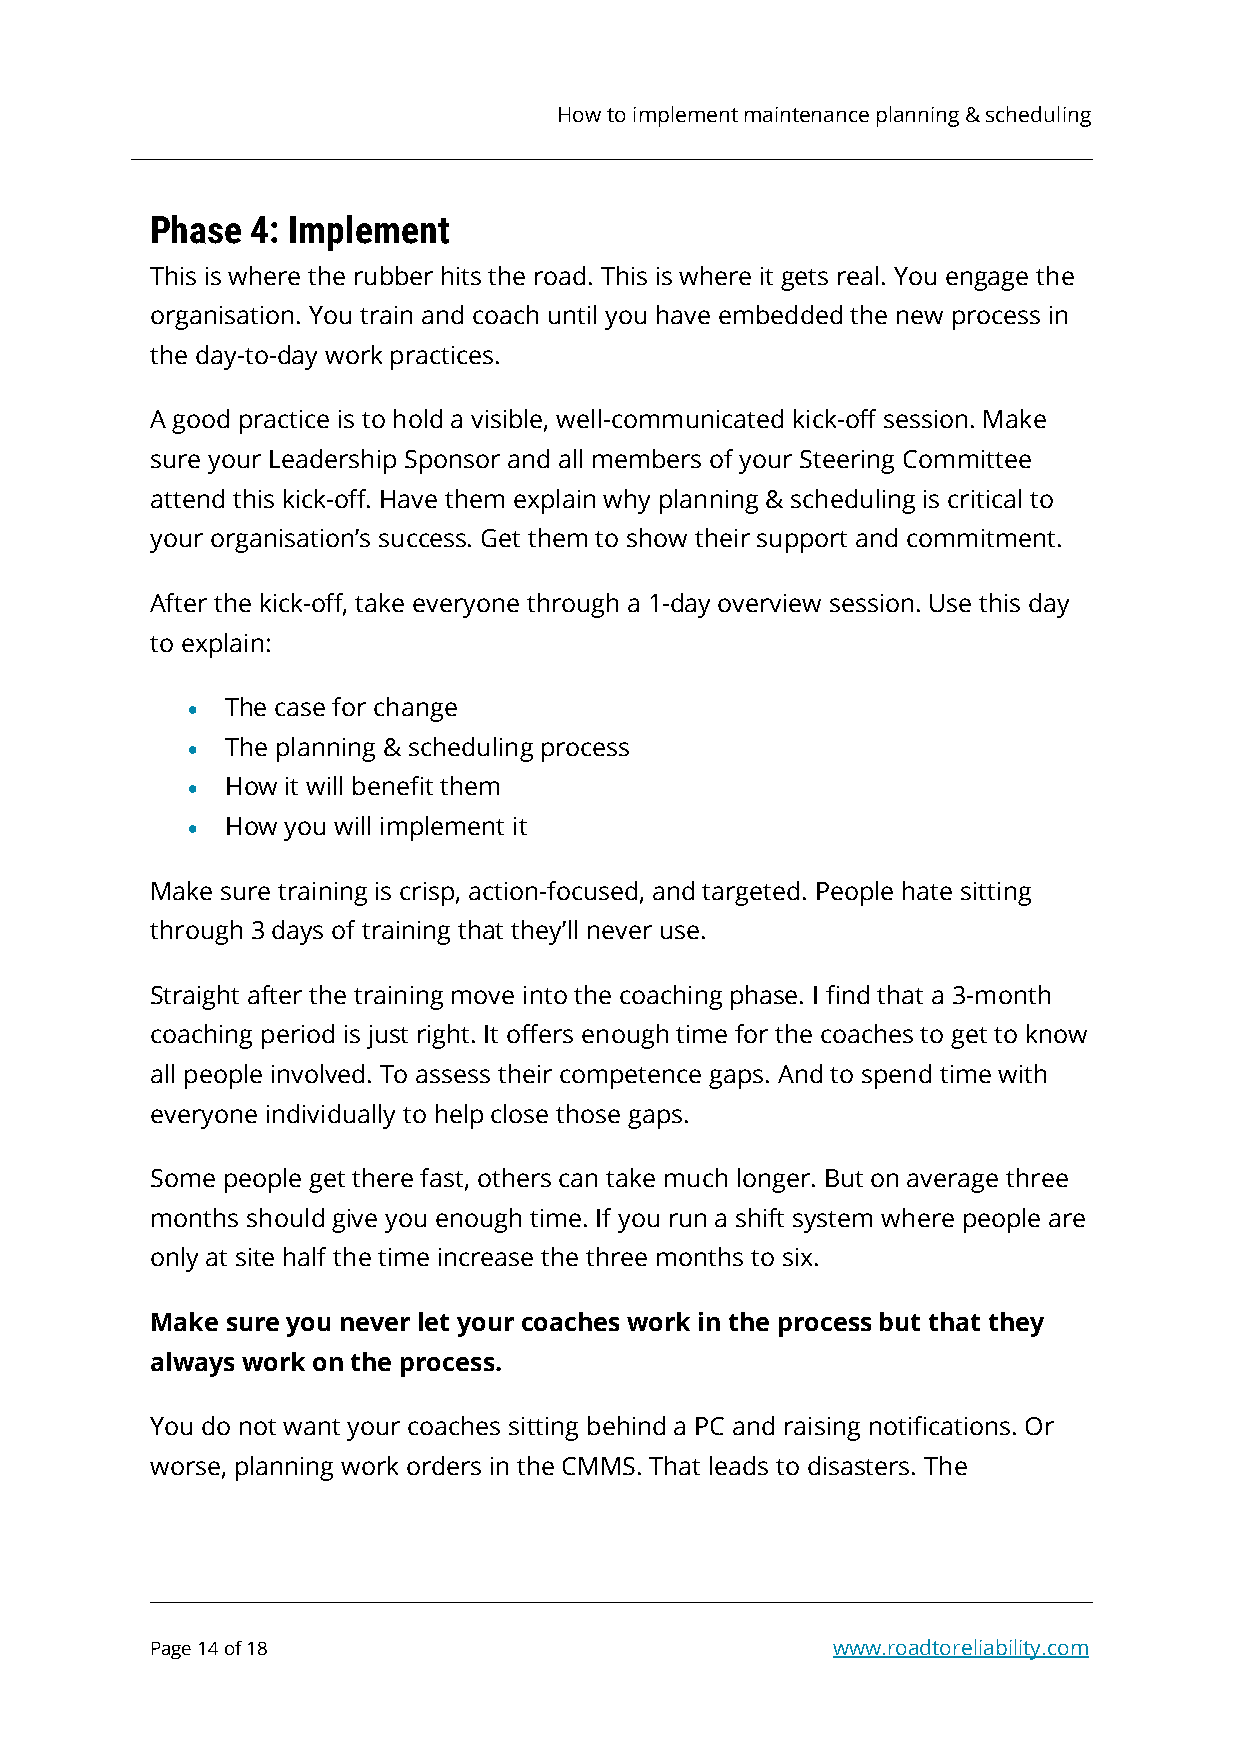
How to implement maintenance planning & scheduling
 Phase  4: Implement
 This is where the rubber hits the road. This is where it gets real. You engage the
 organisation. You train and coach until you have embedded the new process in
 the day-to-day work practices.
 A good practice is to hold a visible, well-communicated kick-off session. Make
 sure your Leadership Sponsor and all members of your Steering Committee
 attend this kick-off. Have them explain why planning & scheduling is critical to
 your organisation’s success. Get them to show their support and commitment.
 After the kick-off, take everyone through a 1-day overview session. Use this day
 to explain:
 •  The case for change
 •  The planning & scheduling process
 •  How it will benefit them
 •  How you will implement it
 Make sure training is crisp, action-focused, and targeted. People hate sitting
 through 3 days of training that they’ll never use.
 Straight after the training move into the coaching phase. I find that a 3-month
 coaching period is just right. It offers enough time for the coaches to get to know
 all people involved. To assess their competence gaps. And to spend time with
 everyone individually to help close those gaps.
 Some people get there fast, others can take much longer. But on average three
 months should give you enough time. If you run a shift system where people are
 only at site half the time increase the three months to six.
 Make sure you never let your coaches work in the process but that they
 always work on the process.
 You do not want your coaches sitting behind a PC and raising notifications. Or
 worse, planning work orders in the CMMS. That leads to disasters. The
 Page 14 of 18                                www.roadtoreliability.com